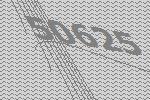
50625